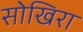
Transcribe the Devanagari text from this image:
सोखिरा